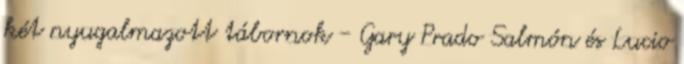
két nyugalmazott tábornok - Gary Prado Salmón és Lucio